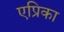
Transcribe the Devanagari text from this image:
एप्रिका